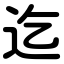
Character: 迄